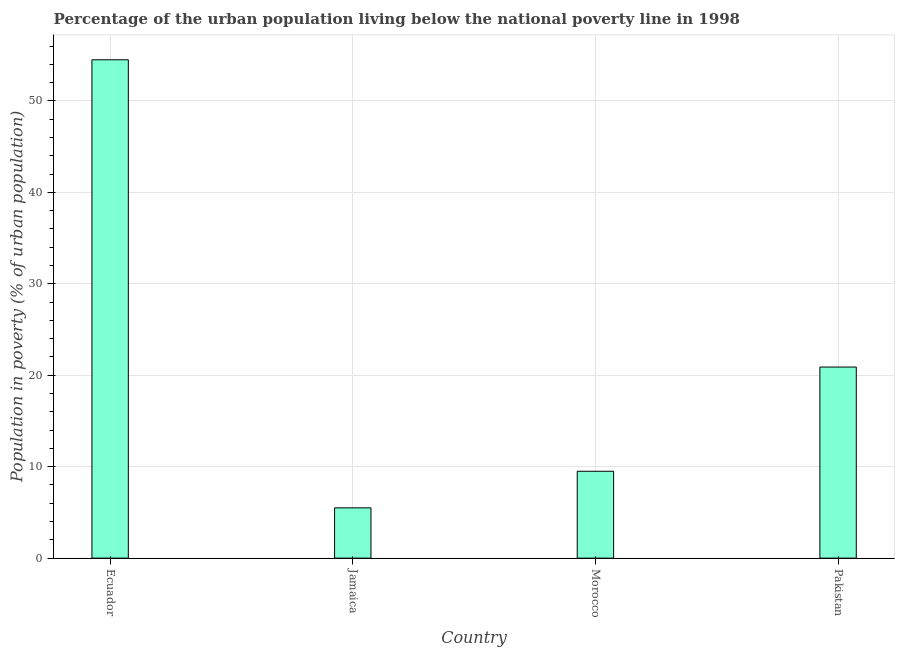
| Country | Urban poverty headcount ratio |
 | --- | --- |
 | Ecuador | 54.5 |
 | Jamaica | 5.5 |
 | Morocco | 9.5 |
 | Pakistan | 20.9 |